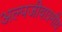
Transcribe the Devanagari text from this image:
अल्पजीवाश्मीय